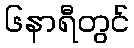
၆နာရီတွင်